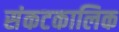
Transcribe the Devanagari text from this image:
संकटकालिक